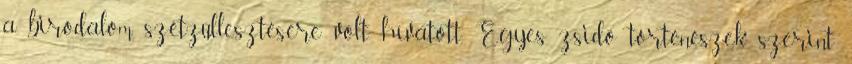
a birodalom szétzüllesztésére volt hívatott. Egyes zsidó történészek szerint